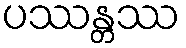
ပဿန္တဿ